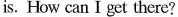
is. How can I get there?